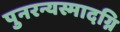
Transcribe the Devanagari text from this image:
पुनरन्यस्मादग्नि